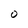
Character: O